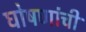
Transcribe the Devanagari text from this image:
घोषणांची